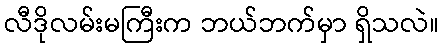
လီဒိုလမ်းမကြီးက ဘယ်ဘက်မှာ ရှိသလဲ။